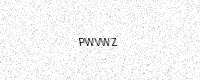
Text: PWVWZ